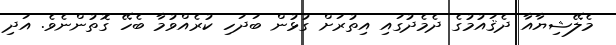
މެލޭޝިޔާއާ ދެޤައުމުގެ ދެމެދުގައި އިތުރަށް ގުޅުން ބަދަހި ކުރެއްވުމާ ބެހޭ ގޮތުންނެވެ. އަދި